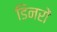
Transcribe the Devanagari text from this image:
डिनरों